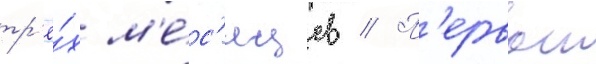
тр'ё́х м'е́с'яцев // П'ервои